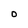
Character: O